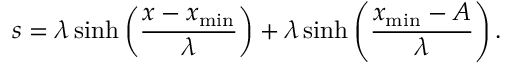
s = \lambda \sinh \left( \frac { x - x _ { \mathrm { m i n } } } { \lambda } \right) + \lambda \sinh \left( \frac { x _ { \mathrm { m i n } } - A } { \lambda } \right) .